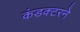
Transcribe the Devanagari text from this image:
कंडक्टरने